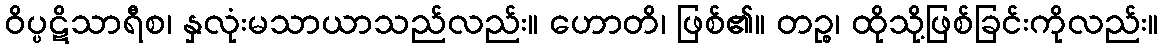
ဝိပ္ပဋိသာရီစ၊ နှလုံးမသာယာသည်လည်း။ ဟောတိ၊ ဖြစ်၏။ တဉ္စ၊ ထိုသို့ဖြစ်ခြင်းကိုလည်း။